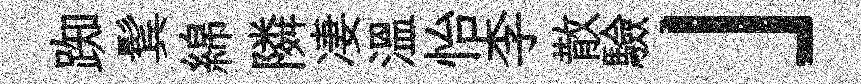
踟鬂綿隣凄溫怡李散驗」